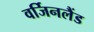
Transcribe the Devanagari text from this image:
वर्जिनलैंड